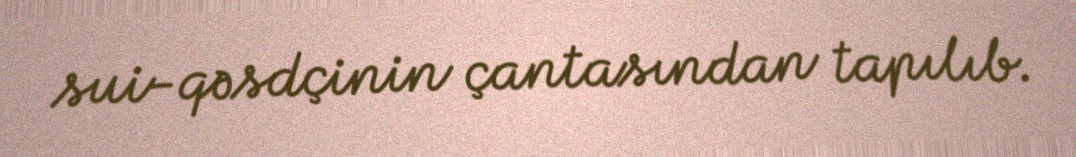
sui-qəsdçinin çantasından tapılıb.